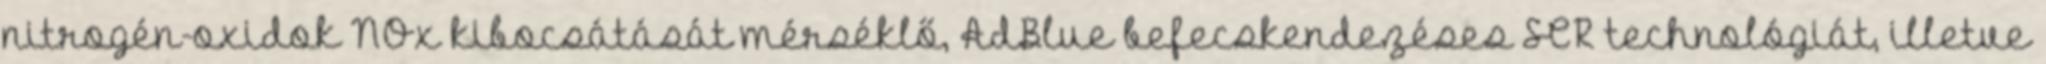
nitrogén-oxidok NOx kibocsátását mérséklő, AdBlue befecskendezéses SCR technológiát, illetve